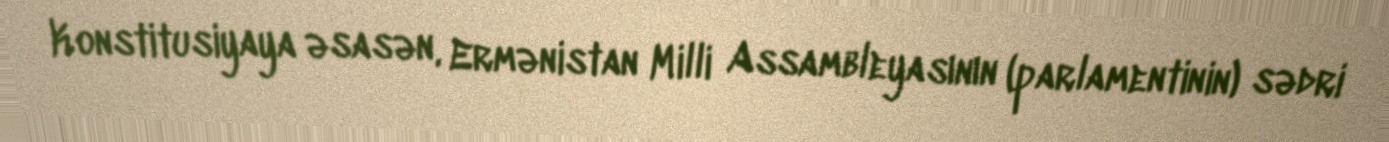
Konstitusiyaya əsasən, Ermənistan Milli Assambleyasının (parlamentinin) sədri